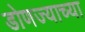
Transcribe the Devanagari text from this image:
डोणज्याच्या